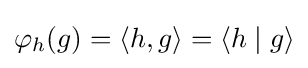
\varphi _{h}(g)=\langle h,g\rangle =\langle h\mid g\rangle